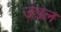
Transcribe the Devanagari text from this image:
उंडल